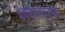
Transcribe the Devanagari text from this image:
कारणरूपाय